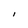
Character: I